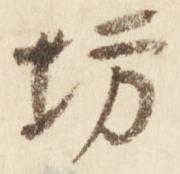
坊